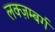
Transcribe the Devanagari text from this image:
लक्ज़म्बर्ग